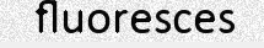
fluoresces